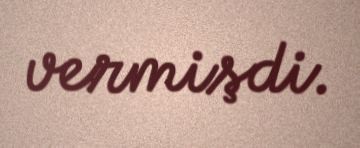
vermişdi.